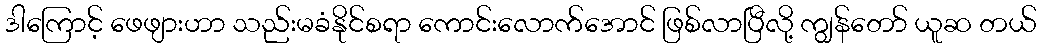
ဒါကြောင့် ဖေဖျားဟာ သည်းမခံနိုင်စရာ ကောင်းလောက်အောင် ဖြစ်လာပြီလို့ ကျွန်တော် ယူဆ တယ်